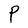
Character: P